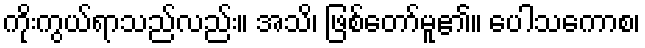
ကိုးကွယ်ရာသည်လည်း။ အသိ၊ ဖြစ်တော်မူ၏။ ပေါသကောစ၊